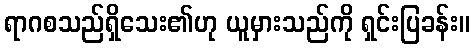
ရာဂစသည်ရှိသေး၏ဟု ယူမှားသည်ကို ရှင်းပြခန်း။